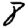
Digit: 8